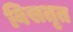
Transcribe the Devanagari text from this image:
विसतृत